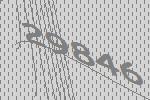
29846